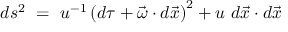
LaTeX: d s ^ { 2 } ~ = ~ u ^ { - 1 } \left( d \tau + \vec { \omega } \cdot d \vec { x } \right) ^ { 2 } + u ~ d \vec { x } \cdot d \vec { x }